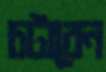
চটাবেন